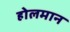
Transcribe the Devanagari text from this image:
होलमान